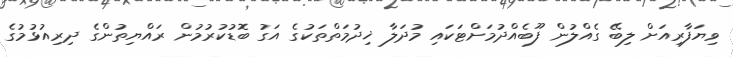
ވިޔަފާރިއަށް ލިބޭ ގެއްލުން ފޫބެއްދުމަށްޓަކައި މުދަލާ ޚިދުމަތްތަކުގެ އަގު ބޮޑުކުރުމުން ރައްޔިތުންގެ ދިރިއުޅުމުގެ